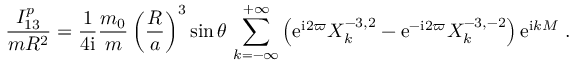
\frac { I _ { 1 3 } ^ { p } } { m R ^ { 2 } } = \frac { 1 } { 4 \mathrm { i } } \frac { m _ { 0 } } { m } \left( \frac { R } { a } \right) ^ { 3 } \sin \theta \, \sum _ { k = - \infty } ^ { + \infty } \left( \mathrm { e } ^ { \mathrm { i } 2 \varpi } X _ { k } ^ { - 3 , 2 } - \mathrm { e } ^ { - \mathrm { i } 2 \varpi } X _ { k } ^ { - 3 , - 2 } \right) \mathrm { e } ^ { \mathrm { i } k M } \ .